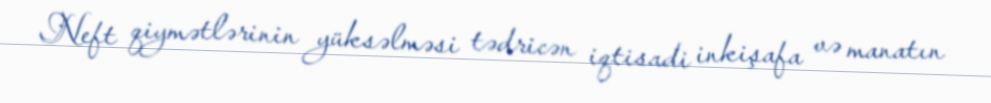
Neft qiymətlərinin yüksəlməsi tədricən iqtisadi inkişafa və manatın